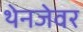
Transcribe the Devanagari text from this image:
थेनजेवर